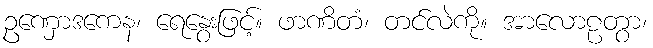
ဥဏှောဒကေန၊ ရေနွေးဖြင့်။ ဖာဏိတံ၊ တင်လဲကို။ အာလောဠတွာ၊